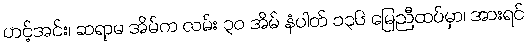
ဟင့်အင်း၊ ဆရာမ အိမ်က လမ်း ၃၀ အိမ် နံပါတ် ၁၃၆ မြေညီထပ်မှာ၊ အားရင်